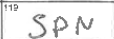
Transcription: SPN